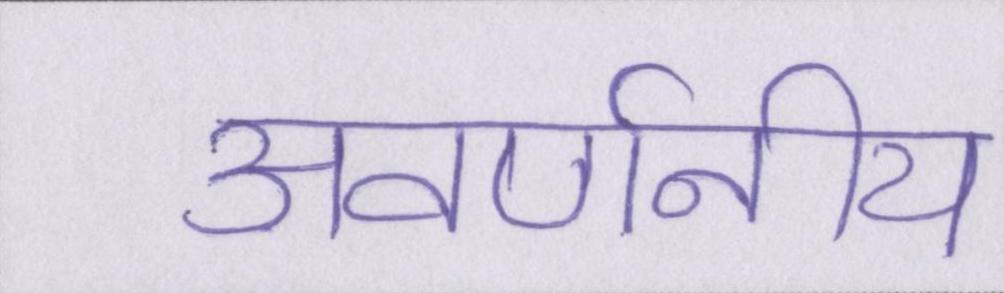
अवर्णनीय